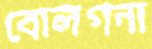
বোলগনা